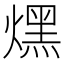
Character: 㷵